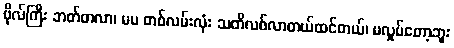
ဗိုလ်ကြီး ဘတ်တလာ၊ မမ တစ်လမ်းလုံး သတိလစ်လာတယ်ထင်တယ်၊ မလှုပ်တော့ဘူး